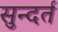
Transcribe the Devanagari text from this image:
सुन्दर्त